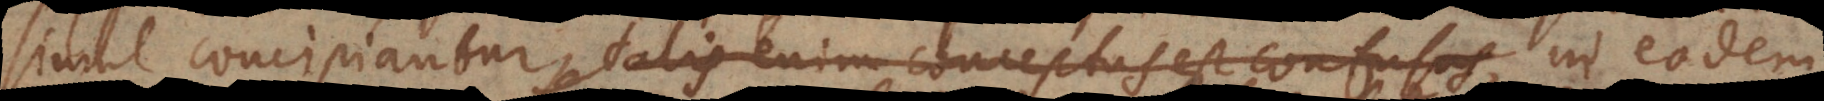
simul concipiantur, talis enim conceptus est confusus in eodem